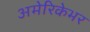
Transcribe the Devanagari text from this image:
अमेरिकेभर